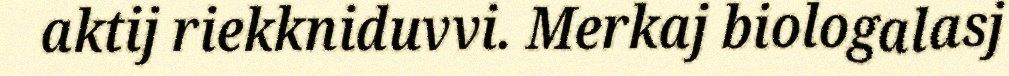
aktij riekkniduvvi. Merkaj biologalasj